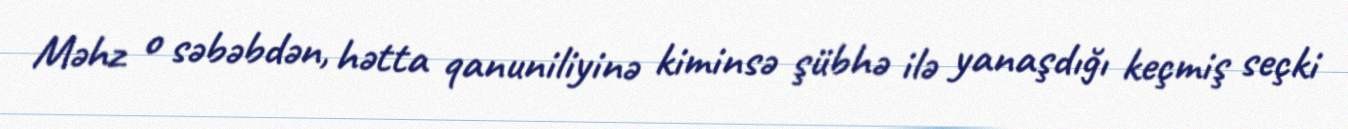
Məhz o səbəbdən, hətta qanuniliyinə kiminsə şübhə ilə yanaşdığı keçmiş seçki